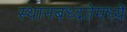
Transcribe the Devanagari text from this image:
स्थानबध्दतेमध्ये